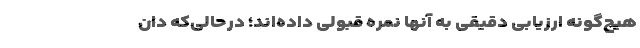
هیچ‌گونه ارزیابی دقیقی به آنها نمره قبولی داده‌اند؛ درحالی‌که دان